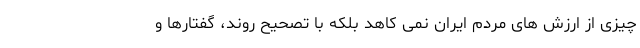
چیزی از ارزش های مردم ایران نمی کاهد بلکه با تصحیح روند، گفتارها و